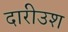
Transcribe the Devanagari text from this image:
दारीउश